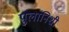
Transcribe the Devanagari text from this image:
पुलांनिशी